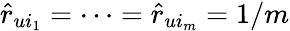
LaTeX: \hat{r}_{ui_{1}}=\dots=\hat{r}_{ui_{m}}=1/m